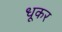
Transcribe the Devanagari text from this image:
धूकर